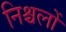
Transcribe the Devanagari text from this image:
निश्चलों